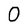
Character: 0